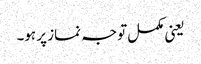
یعنی مکمل توجہ نماز پر ہو۔